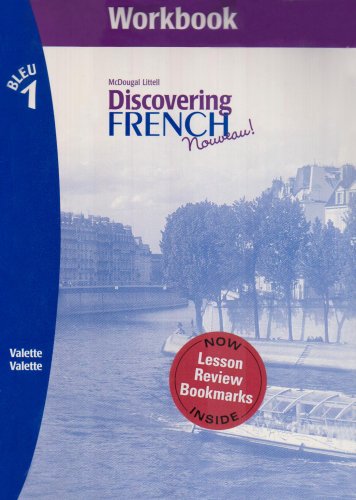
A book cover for Workbook for Discovering French, Nouveau! Workbook (Level 1) with Lesson Review Bookmarks Bleu; MCDOUGAL LITTEL; Reference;